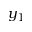
y _ { 1 }